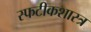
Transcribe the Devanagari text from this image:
स्फटीकशास्त्र